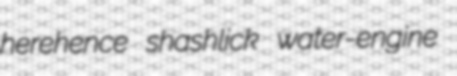
herehence shashlick water-engine